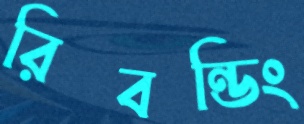
রিবন্ডিং